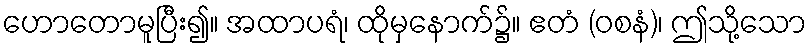
ဟောတောမူပြီး၍။ အထာပရံ၊ ထိုမှနောက်၌။ ဧတံ (ဝစနံ)၊ ဤသို့သော